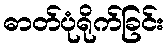
ဓာတ်ပုံရိုက်ခြင်း